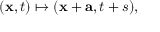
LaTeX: ( \mathbf { x } , t ) \mapsto ( \mathbf { x } + \mathbf { a } , t + s ) ,